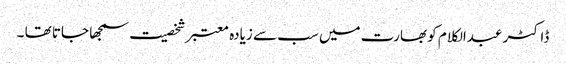
ڈاکٹر عبدالکلام کو بھارت میں سب سے زیادہ معتبر شخصیت سمجھا جاتا تھا ۔